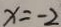
x = - 2